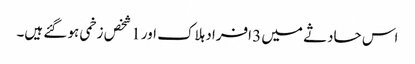
اس حادثے میں 3 افراد ہلاک اور 1 شخص زخمی ہو گئے ہیں۔